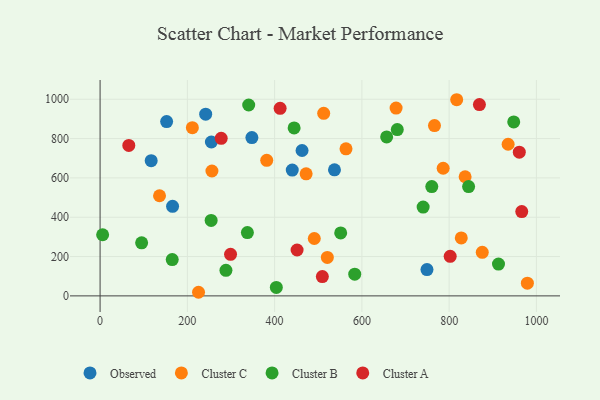
{"axis": {"x": "Speed", "y": "Fuel Efficiency"}, "legend": ["Cluster A", "Cluster B", "Cluster C", "Observed"], "data": [{"x": "166.1", "y": 455.7, "type": "Observed"}, {"x": "440.4", "y": 639.6, "type": "Observed"}, {"x": "462.9", "y": 739.2, "type": "Observed"}, {"x": "749.2", "y": 133.8, "type": "Observed"}, {"x": "255.1", "y": 782.5, "type": "Observed"}, {"x": "347.9", "y": 805.1, "type": "Observed"}, {"x": "152.5", "y": 886.6, "type": "Observed"}, {"x": "537.2", "y": 641.2, "type": "Observed"}, {"x": "117.1", "y": 687.7, "type": "Observed"}, {"x": "242.0", "y": 924.1, "type": "Observed"}, {"x": "817.3", "y": 997.5, "type": "Cluster C"}, {"x": "935.2", "y": 771.0, "type": "Cluster C"}, {"x": "136.2", "y": 509.3, "type": "Cluster C"}, {"x": "211.5", "y": 855.3, "type": "Cluster C"}, {"x": "381.9", "y": 689.3, "type": "Cluster C"}, {"x": "225.6", "y": 18.4, "type": "Cluster C"}, {"x": "766.4", "y": 865.9, "type": "Cluster C"}, {"x": "827.8", "y": 294.8, "type": "Cluster C"}, {"x": "836.6", "y": 605.9, "type": "Cluster C"}, {"x": "256.3", "y": 635.1, "type": "Cluster C"}, {"x": "563.6", "y": 747.8, "type": "Cluster C"}, {"x": "786.3", "y": 649.1, "type": "Cluster C"}, {"x": "520.8", "y": 195.4, "type": "Cluster C"}, {"x": "875.9", "y": 221.5, "type": "Cluster C"}, {"x": "979.3", "y": 64.7, "type": "Cluster C"}, {"x": "512.5", "y": 928.1, "type": "Cluster C"}, {"x": "490.9", "y": 291.9, "type": "Cluster C"}, {"x": "678.4", "y": 954.9, "type": "Cluster C"}, {"x": "472.2", "y": 620.7, "type": "Cluster C"}, {"x": "948.0", "y": 884.5, "type": "Cluster B"}, {"x": "844.6", "y": 555.8, "type": "Cluster B"}, {"x": "583.6", "y": 110.4, "type": "Cluster B"}, {"x": "254.5", "y": 383.5, "type": "Cluster B"}, {"x": "913.1", "y": 162.0, "type": "Cluster B"}, {"x": "760.2", "y": 556.0, "type": "Cluster B"}, {"x": "95.2", "y": 269.7, "type": "Cluster B"}, {"x": "340.6", "y": 970.8, "type": "Cluster B"}, {"x": "444.7", "y": 854.2, "type": "Cluster B"}, {"x": "656.8", "y": 808.5, "type": "Cluster B"}, {"x": "551.4", "y": 320.3, "type": "Cluster B"}, {"x": "288.4", "y": 130.2, "type": "Cluster B"}, {"x": "5.8", "y": 311.0, "type": "Cluster B"}, {"x": "403.9", "y": 43.1, "type": "Cluster B"}, {"x": "337.6", "y": 322.1, "type": "Cluster B"}, {"x": "740.4", "y": 451.4, "type": "Cluster B"}, {"x": "681.1", "y": 845.5, "type": "Cluster B"}, {"x": "165.3", "y": 184.7, "type": "Cluster B"}, {"x": "509.4", "y": 98.1, "type": "Cluster A"}, {"x": "299.0", "y": 211.2, "type": "Cluster A"}, {"x": "412.6", "y": 954.0, "type": "Cluster A"}, {"x": "802.4", "y": 201.3, "type": "Cluster A"}, {"x": "869.4", "y": 973.0, "type": "Cluster A"}, {"x": "966.4", "y": 428.9, "type": "Cluster A"}, {"x": "65.8", "y": 765.2, "type": "Cluster A"}, {"x": "451.5", "y": 233.3, "type": "Cluster A"}, {"x": "277.6", "y": 801.4, "type": "Cluster A"}, {"x": "960.8", "y": 730.7, "type": "Cluster A"}]}